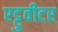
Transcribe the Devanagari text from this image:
एट्टुवीटर